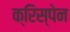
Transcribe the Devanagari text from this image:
क्रिस्पेन